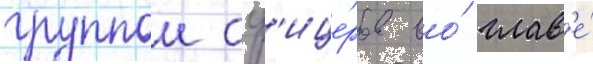
группои оф'ице́ров во́ глав'е́